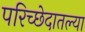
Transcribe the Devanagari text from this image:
परिच्छेदातल्या